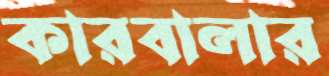
কারবালার